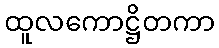
ထူလကောဋ္ဌိတကာ